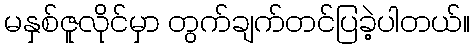
မနှစ်ဇူလိုင်မှာ တွက်ချက်တင်ပြခဲ့ပါတယ်။